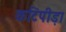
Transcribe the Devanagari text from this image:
कटिपीड़ा